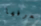
نعرفها